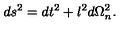
d s ^ { 2 } = d t ^ { 2 } + l ^ { 2 } d \Omega _ { n } ^ { 2 } .